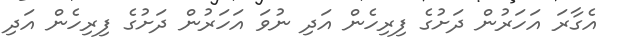
އެގާރަ އަހަރުން ދަށުގެ ފިރިހެން އަދި ނުވަ އަހަރުން ދަށުގެ ފިރިހެން އަދި